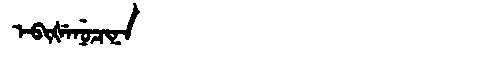
Manchu: ᡝᠪᡳᡧᡝᠨᡠᠴᡳᠨᠠ
Romanization: EBIŠENUCINA